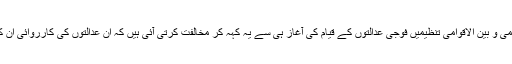
انسانی حقوق کی مقامی و بین الاقوامی تنظیمیں فوجی عدالتوں کے قیام کی آغاز ہی سے یہ کہہ کر مخالفت کرتی آئی ہیں کہ ان عدالتوں کی کارروائی ان کے بقول شفاف نہیں۔